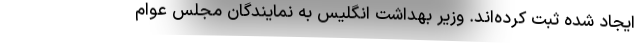
ایجاد شده ثبت کرده‌اند. وزیر بهداشت انگلیس به نمایندگان مجلس عوام